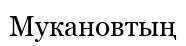
Мукановтың